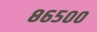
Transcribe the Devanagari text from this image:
८६५००